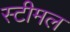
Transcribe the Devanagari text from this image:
स्टीमल